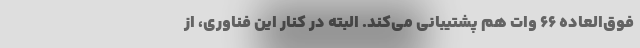
فوق‌العاده 66 وات هم پشتیبانی می‌کند. البته در کنار این فناوری، از